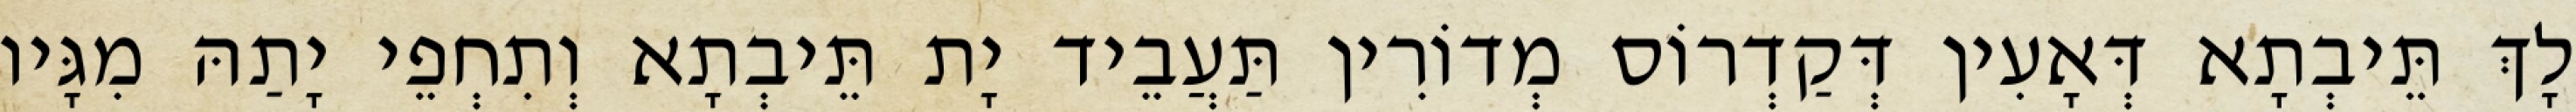
לָךְ תֵּיבְתָא דְּאָעִין דְּקַדְרוֹס מְדוֹרִין תַּעֲבֵיד יָת תֵּיבְתָא וְתִחְפֵי יָתַהּ מִגָּיו